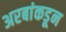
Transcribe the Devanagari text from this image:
अरबांकडून